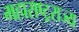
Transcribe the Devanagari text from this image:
महाराष्ट्रराज्य